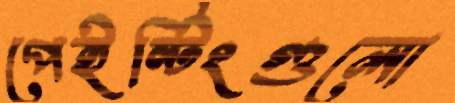
পেইন্টিংগুলো